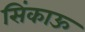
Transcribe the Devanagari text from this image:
सिंकाऊ